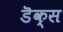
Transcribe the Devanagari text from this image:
डॆक्स